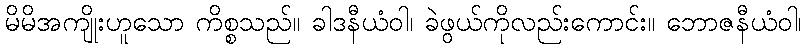
မိမိအကျိုးဟူသော ကိစ္စသည်။ ခါဒနီယံဝါ၊ ခဲဖွယ်ကိုလည်းကောင်း။ ဘောဇနီယံဝါ၊